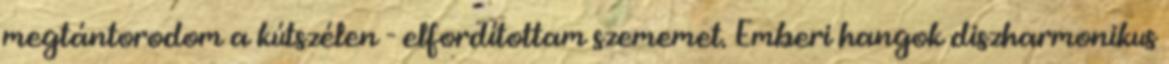
megtántorodom a kútszélen - elfordítottam szememet. Emberi hangok diszharmonikus